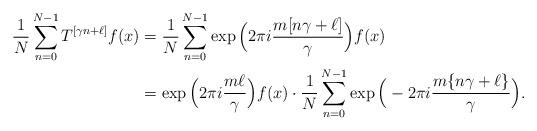
LaTeX: \begin{align*} \frac{1}{N}\sum_{n=0}^{N-1}T^{[\gamma n+\ell]}f(x) & =\frac{1}{N}\sum_{n=0}^{N-1}\exp\Big(2\pi i \frac{m[n\gamma +\ell]}{\gamma}\Big)f(x) \\&=\exp\Big(2\pi i \frac{m\ell}{\gamma}\Big)f(x)\cdot\frac{1}{N}\sum_{n=0}^{N-1}\exp\Big(-2\pi i\frac{m\{n\gamma +\ell\}}{\gamma}\Big). \end{align*}